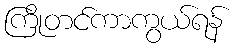
ကြိုတင်ကာကွယ်ရန်